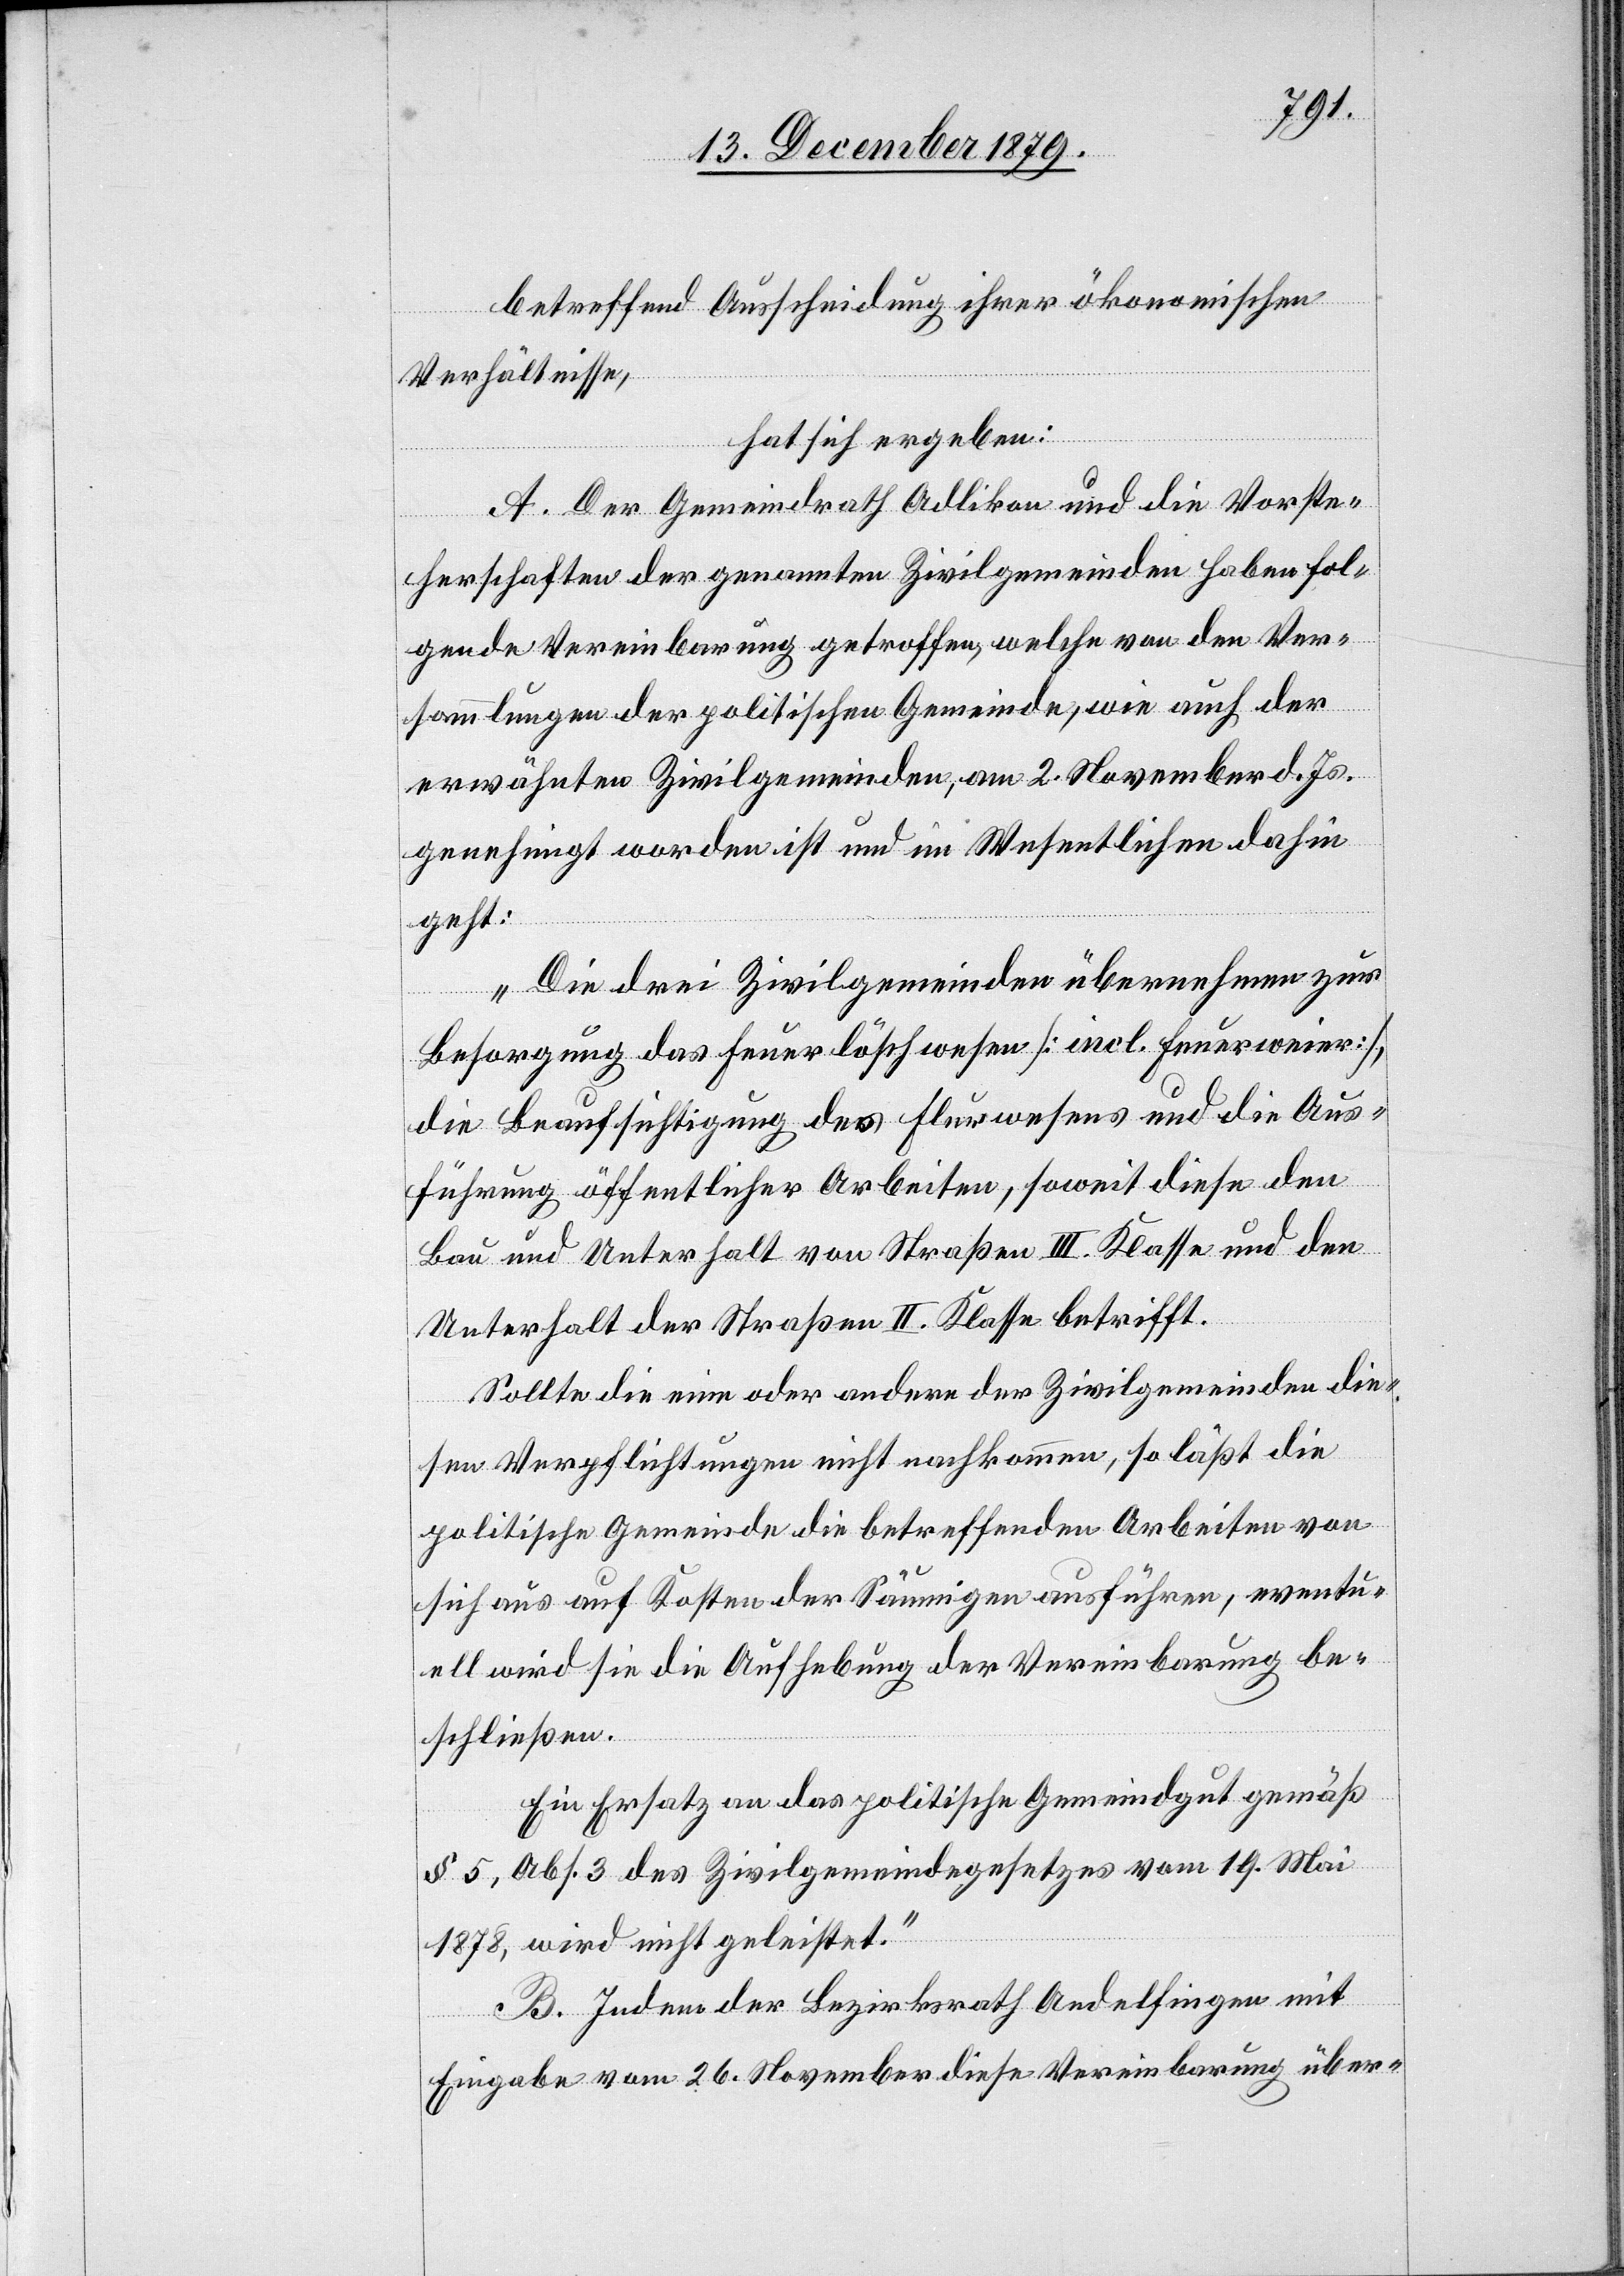
betreffend Ausscheidung ihrer ökonomischen
Verhältnisse,
hat sich ergeben:
A. Der Gemeindrath Adlikon und die Vorste¬
herschaften der genannten Zivilgemeinden haben fol¬
gende Vereinbarung getroffen, welche von den Ver¬
sammlungen der politischen Gemeinde, wie auch der
erwähnten Zivilgemeinden, am 2. November d. Js.
genehmigt worden ist und im Wesentlichen dahin
geht:
„Die drei Zivilgemeinden übernehmen zur
Besorgung das Feuerlöschwesen [incl. Feuerweier],
die Beaufsichtigung des Flurwesens und die Aus¬
führung öffentlicher Arbeiten, soweit diese den
Bau und Unterhalt von Straßen III. Klasse und den
Unterhalt der Straßen II. Klassen betrifft.
Sollte die eine oder andere der Zivilgemeinden die¬
5,
sen Verpflichtungen nicht nachkommen, so läßt die
politische Gemeinde die betreffenden Arbeiten von
sich aus auf Kosten der Säumigen ausführen, eventu¬
ell wird sie die Aufhebung der Vereinbarung be¬
schließen.
Ein Ersatz an das politische Gemeindegut gemäß
Abs. 3 des Zivilgemeindegesetzes vom 19. Mai
1878, wird nicht geleistet.“
B. Indem der Bezirksrath Andelfingen mit
Eingabe vom 26. November diese Vereinbarung über-